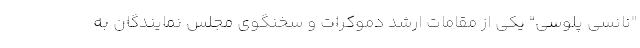
"نانسی پلوسی" یکی از مقامات ارشد دموکرات و سخنگوی مجلس نمایندگان به